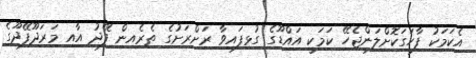
އެކަމަކު ފާހަގަކޮށްލަންޖެހޭ ކަމަކީ އައްޑޫގެ ގުޅިފައިވާ ރަށްރަށުގެ ތެރެއިން ފޭދު އާއި މަރަދޫފޭދޫގެ